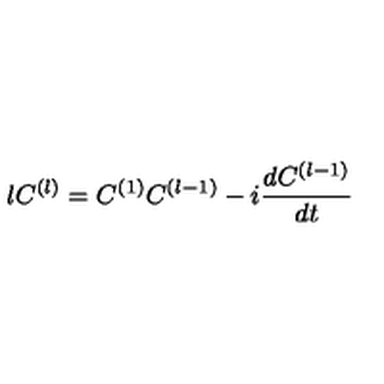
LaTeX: l C ^ { ( l ) } = C ^ { ( 1 ) } C ^ { ( l - 1 ) } - i \frac { d C ^ { ( l - 1 ) } } { d t }